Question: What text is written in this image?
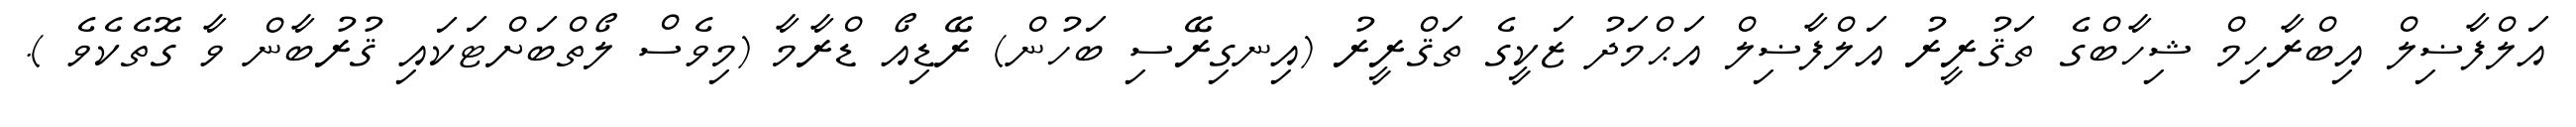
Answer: އަލްފާޟިލް އިބްރާހިމް ޝިހާބްގެ ތަޤުރީރު އަލްފާޟިލް އަޙްމަދު ޒަކީގެ ތަޤްރީރު (އިނގިރޭސި ބަހުން) ރޭޑިއޯ ޑްރާމާ (މިވެސް ލޯތްބަށްޓަކައި ޤުރުބާން ވާ ގޮތެކެވެ ).